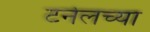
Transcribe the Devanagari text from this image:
टनेलच्या